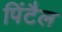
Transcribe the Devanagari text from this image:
पिंटैल